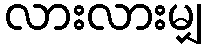
လားလားမျှ